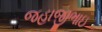
જહાજીભાઇ